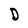
Character: D